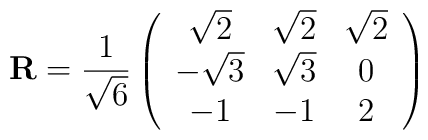
{\mathbf R}=\frac{1}{\sqrt 6}\left(\begin{array}{ccc}\sqrt 2 & \sqrt 2 & \sqrt 2\\-\sqrt 3 & \sqrt 3  & 0\\-1 & -1 &  2\end{array}\right)